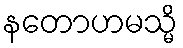
နတောဟမသ္မိ